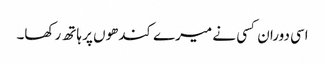
اسی دوران کسی نے میرے کندھوں پر ہاتھ رکھا۔